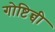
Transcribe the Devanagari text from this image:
गोष्टिन्ची